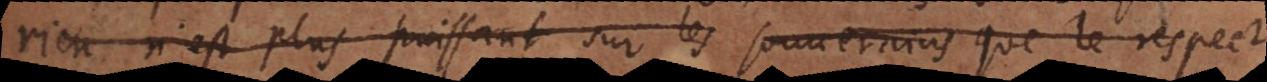
rien n’est plus puissant sur les souverains que le respec